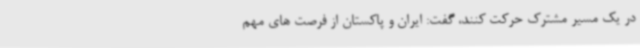
در یک مسیر مشترک حرکت کنند، گفت: ایران و پاکستان از فرصت های مهم